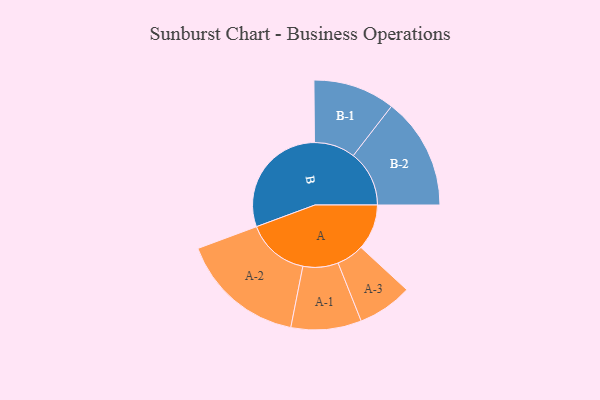
{"axis": {"x": "Segment", "y": "Value"}, "legend": ["", "A", "B"], "data": [{"x": "A", "y": 192, "type": ""}, {"x": "B", "y": 494, "type": ""}, {"x": "A-1", "y": 148, "type": "A"}, {"x": "A-2", "y": 263, "type": "A"}, {"x": "A-3", "y": 115, "type": "A"}, {"x": "B-1", "y": 172, "type": "B"}, {"x": "B-2", "y": 235, "type": "B"}]}